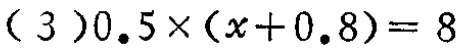
(3)$0.5\times(x + 0.8)=8$